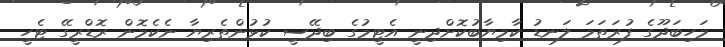
މަހިބަދޫގެ ފުރަތަމަ ލަނޑު ކާމިޔާބުކޮށްދިނީ އެޓީމުގެ ބިދޭސީ ކުޅުންތެރިޔާ ނެކެމޮން ރޮޑްރީގޭ ޓެހީ